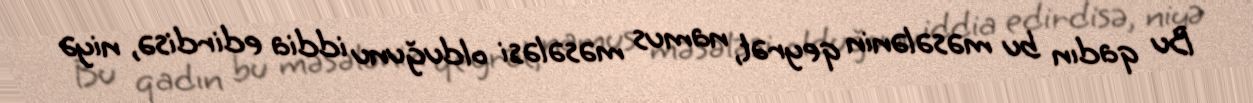
Bu qadın bu məsələnin qeyrət, namus məsələsi olduğunu iddia edirdisə, niyə